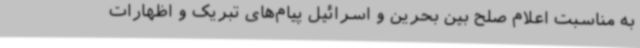
به مناسبت اعلام صلح بین بحرین و اسرائیل پیام‌های تبریک و اظهارات